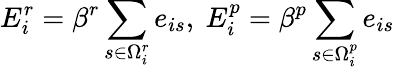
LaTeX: E_{i}^{r}=\beta^{r}\sum_{s\in\Omega_{i}^{r}}e_{is},\mathrm{~}E_{i}^{p}=\beta^{p}\sum_{s\in\Omega_{i}^{p}}e_{is}